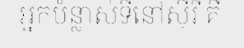
អ្នកបំន្លាស់ទីនៅស៊ីរី គឺ